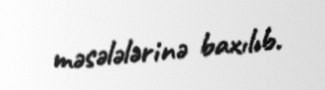
məsələlərinə baxılıb.